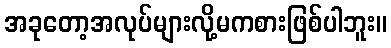
အခုတော့အလုပ်များလို့မကစားဖြစ်ပါဘူး။